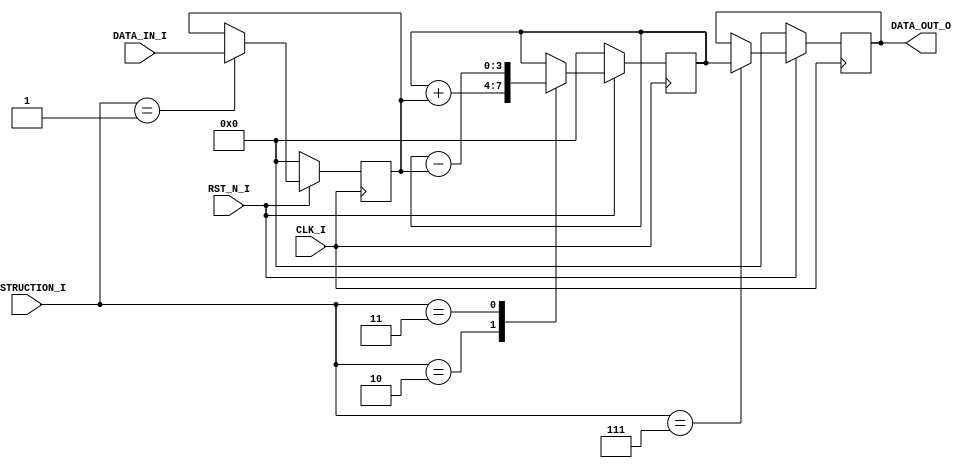
`timescale 1ns / 1ps
//////////////////////////////////////////////////////////////////////////////////
// Company: 
// Engineer: 
// 
// Design Name: 
// Module Name: four_bit_microcontroller
// Project Name: 
// Target Devices: 
// Tool Versions: 
// Description: 
// 
// Dependencies: 
// 
// Revision:
// Revision 0.01 - File Created
// Additional Comments:
// 
//////////////////////////////////////////////////////////////////////////////////


module four_bit_microcontroller(  input               CLK_I                         ,
                                  input               RST_N_I                       ,
                                  input  [3:0]        DATA_IN_I                     ,
                                  input  [3:0]        INSTRUCTION_I                 ,
                                  output [3:0]        DATA_OUT_O                   );

//_____________________________________ REGISTER DECLARATION ________________________________________//
reg      [3:0]                    reg_a_r                                           ;
reg      [3:0]                    program_counter_r                                 ;
reg      [3:0]                    acc_reg_r                                         ;
reg      [3:0]                    data_out_r                                        ;
// ____________________________________ CONSTANT_DECLARATION ________________________________________//
localparam                        IDLE_S              = 4'b0000                     ,
                                  MOV_S               = 4'b0001                     ,
                                  ADD_S               = 4'b0010                     ,
                                  SUB_S               = 4'b0011                     ,
                                  JMP_S               = 4'b0100                     ,
                                  JZ_S                = 4'b0101                     ,
                                  JNZ_S               = 4'b0110                     ,
                                  OUT_S               = 4'b0111                     ;

// ____________________________________ WIRE_DECLARATION _____________________________________________//

//_____________________________________ ASYNC ASSIGNMENTS ____________________________________________//
assign                            DATA_OUT_O          = data_out_r                  ;
//_____________________________________ MAIN LOGIC ___________________________________________________//

always @(posedge CLK_I) begin
  if(!RST_N_I) begin
    reg_a_r                                           <= 0                          ;
    program_counter_r                                 <= 0                          ;
    data_out_r                                        <= 0                          ;
    acc_reg_r                                         <= 0                          ;
  end
  else begin
    case(INSTRUCTION_I)
      IDLE_S:                                                                       ;

      MOV_S : begin
        reg_a_r                                       <= DATA_IN_I                  ;
      end

      ADD_S : begin
        acc_reg_r                                     <= acc_reg_r + reg_a_r        ;
      end

      SUB_S : begin
        acc_reg_r                                     <= acc_reg_r - reg_a_r        ;
      end

      JMP_S : begin 
        program_counter_r                             <= reg_a_r                    ;
      end

      JZ_S : begin
        if(acc_reg_r == 0) begin
          program_counter_r                           <= reg_a_r                    ;
        end
        else begin
          program_counter_r                           <= program_counter_r          ;
        end
      end

      JNZ_S : begin 
        if(acc_reg_r != 0) begin
          program_counter_r                           <= reg_a_r                    ;
        end
        else begin
          program_counter_r                           <= program_counter_r          ;
        end
      end

      OUT_S : begin
        data_out_r                                    <= acc_reg_r                  ;
      end

    endcase
    program_counter_r                                 <= program_counter_r + 1      ;
  end
end
endmodule